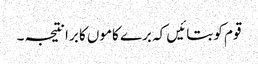
قوم کو بتائیں کہ برے کاموں کا برا نتیجہ ۔